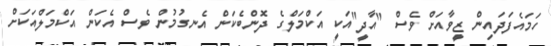
ހަމައެފަދައިން ޒީވާއަށް ވެސް "އާދީ"އަކީ އަކްމަލްގެ ދޮންބެކަން އެނގުމުން ވެސް އެކަން އަކްމަލްއަކަށް